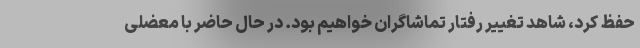
حفظ کرد، شاهد تغییر رفتار تماشاگران خواهیم بود. در حال حاضر با معضلی